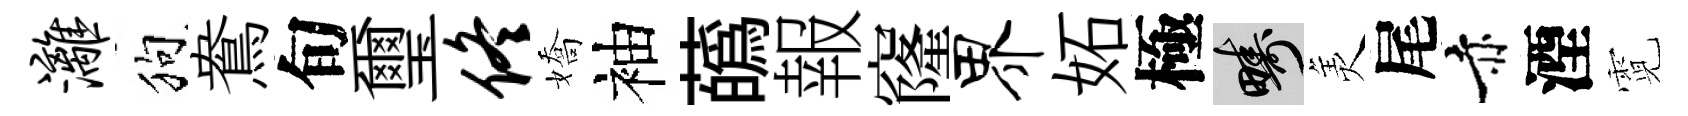
漓狗鴦旬璽佟嬌袖蘤報窿界妬極疇羙尾赤湮霓